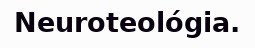
Neuroteológia.